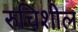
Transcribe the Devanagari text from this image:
रुचिशील